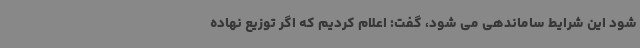
شود این شرایط ساماندهی می شود، گفت: اعلام کردیم که اگر توزیع نهاده